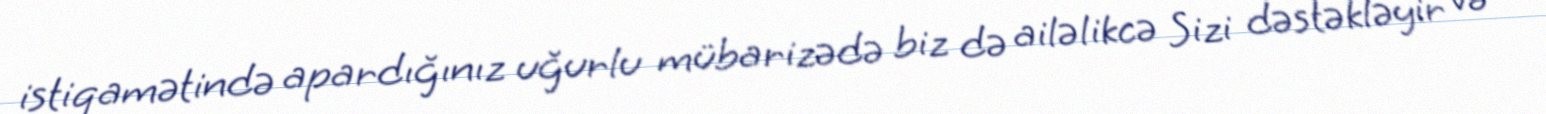
istiqamətində apardığınız uğurlu mübarizədə biz də ailəlikcə Sizi dəstəkləyir və